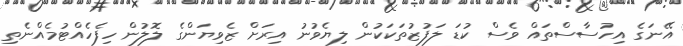
އޭނަގެ އިހުސާސްތައް ވެސް ކުޑަ ލަފުޒުތަކަކުން ލިޔެވުނު އިރަށް ޒެވިޔަންގެ ލޮލުން ހިފެހެއްޓުމެއްނެތި